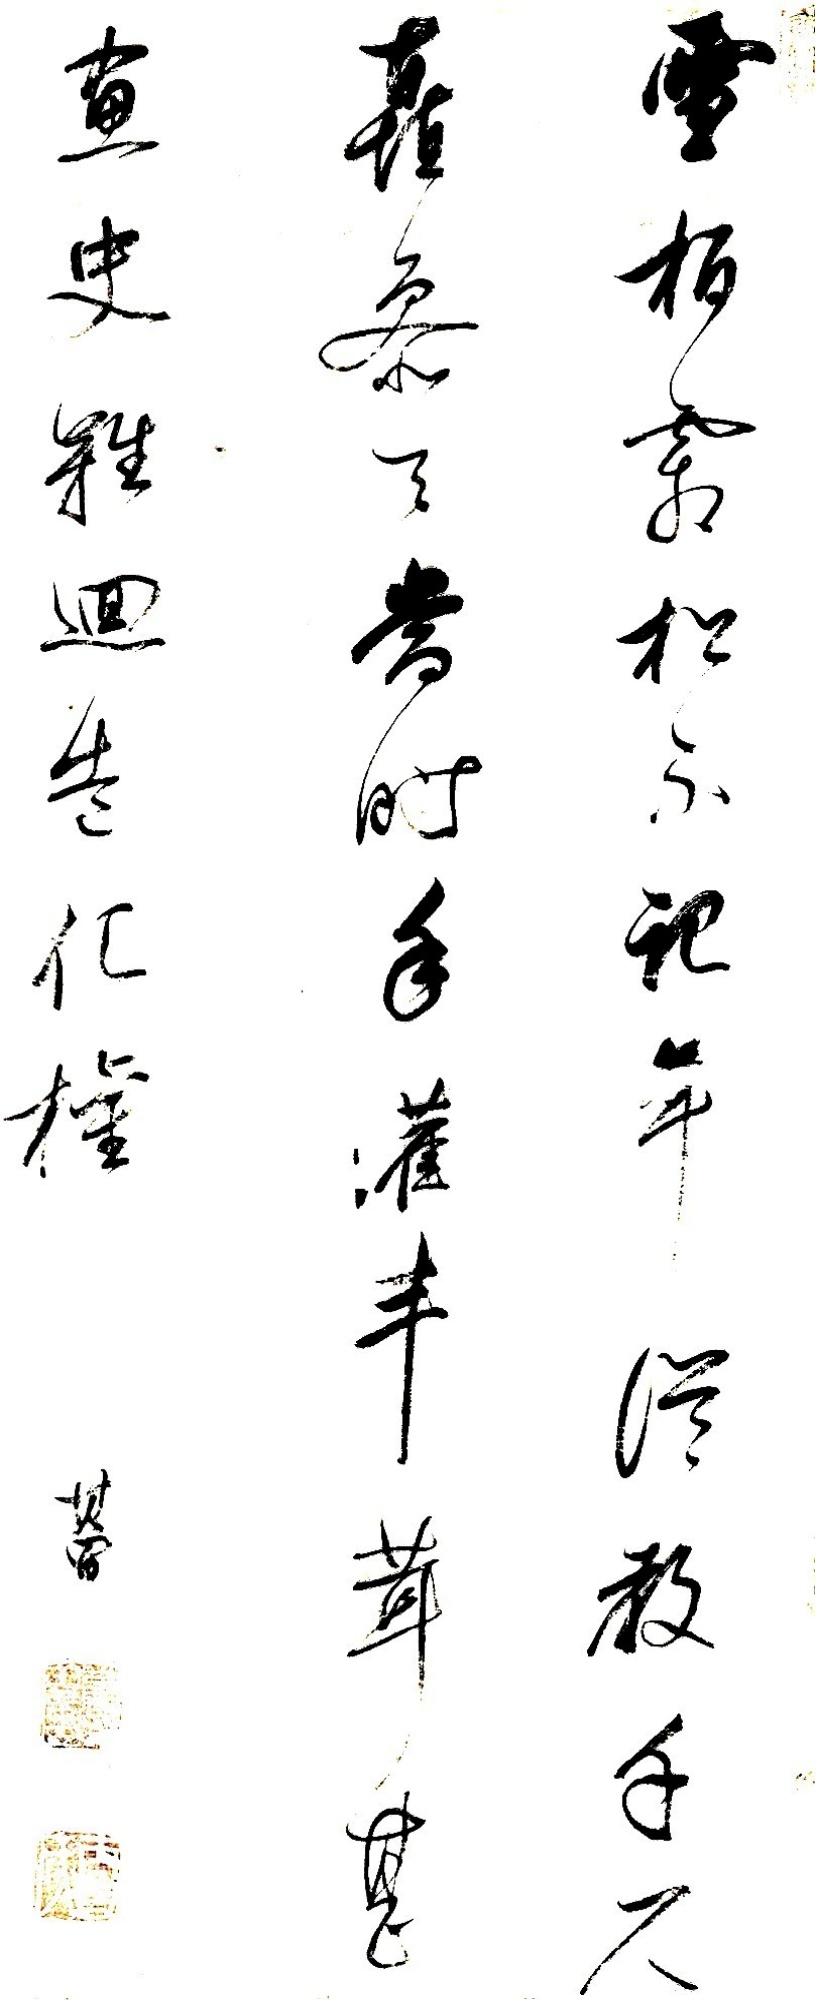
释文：雪柏霜松不记年，从教千尺矗参天。当时手灌丰茸甚，画史难回造化权。其昌。